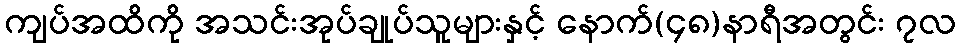
ကျပ်အထိကို အသင်းအုပ်ချုပ်သူများနှင့် နောက်(၄၈)နာရီအတွင်း ၇လ